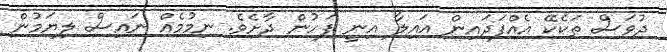
ދުވަސް ތަކެކޭ އެއްފަދައިން އައިލާ އިނީ ފަހުން ދާށެވެ. ނިމުމެއް ނައިސް ލިޔަމުން